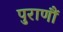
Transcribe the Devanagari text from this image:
पुराणौं